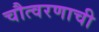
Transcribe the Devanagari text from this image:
चौत्वरणाची